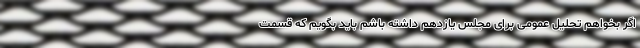
اگر بخواهم تحلیل عمومی برای مجلس یازدهم داشته باشم باید بگویم که قسمت